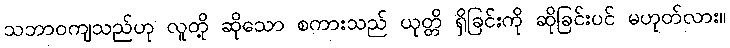
သဘာဝကျသည်ဟု လူတို့ ဆိုသော စကားသည် ယုတ္တိ ရှိခြင်းကို ဆိုခြင်းပင် မဟုတ်လား။